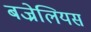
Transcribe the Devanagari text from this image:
बज्रेलियस